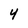
Character: 4